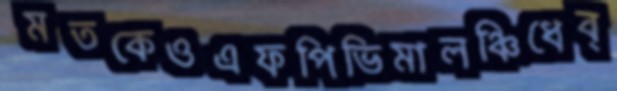
মতকেওএফপিভিমালঞ্চিধেব্